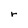
Character: r